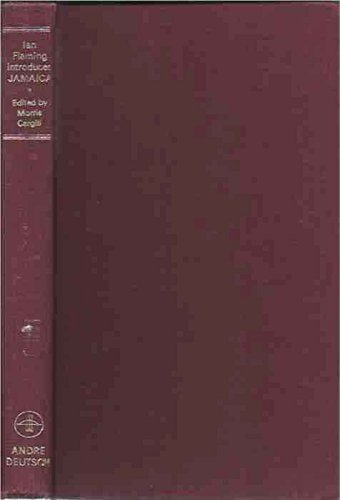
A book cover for Ian Fleming Introduces Jamaica; Travel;